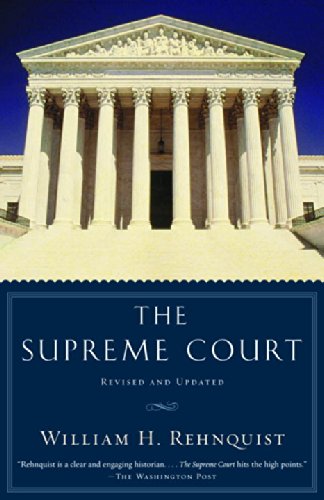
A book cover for The Supreme Court; William H. Rehnquist; Law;